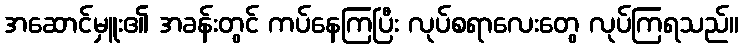
အဆောင်မှူး၏ အခန်းတွင် ကပ်နေကြပြီး လုပ်စရာလေးတွေ လုပ်ကြရသည်။